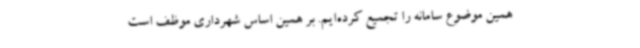
همین موضوع سامانه را تجمیع کرده‌ایم. بر همین اساس شهرداری موظف است